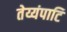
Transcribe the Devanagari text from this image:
तेय्यंपाटि